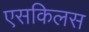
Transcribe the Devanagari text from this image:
एसकिलस